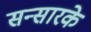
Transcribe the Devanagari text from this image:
सन्सारके